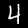
Digit: 4